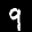
Label: 9